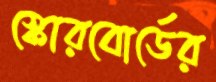
স্কোরবোর্ডের